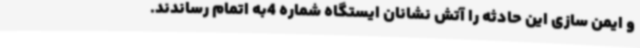
و ایمن سازی این حادثه را آتش نشانان ایستگاه شماره 4به اتمام رساندند.